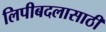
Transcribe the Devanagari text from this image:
लिपीबदलासाठी